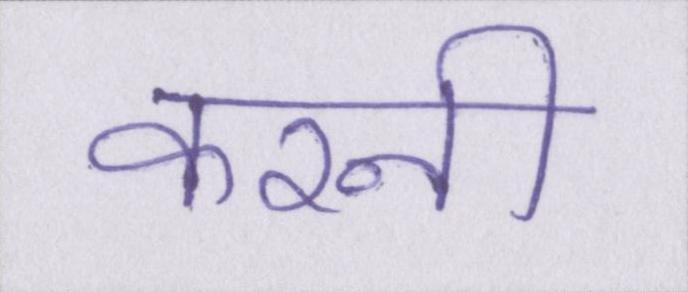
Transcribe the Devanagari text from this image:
करनी